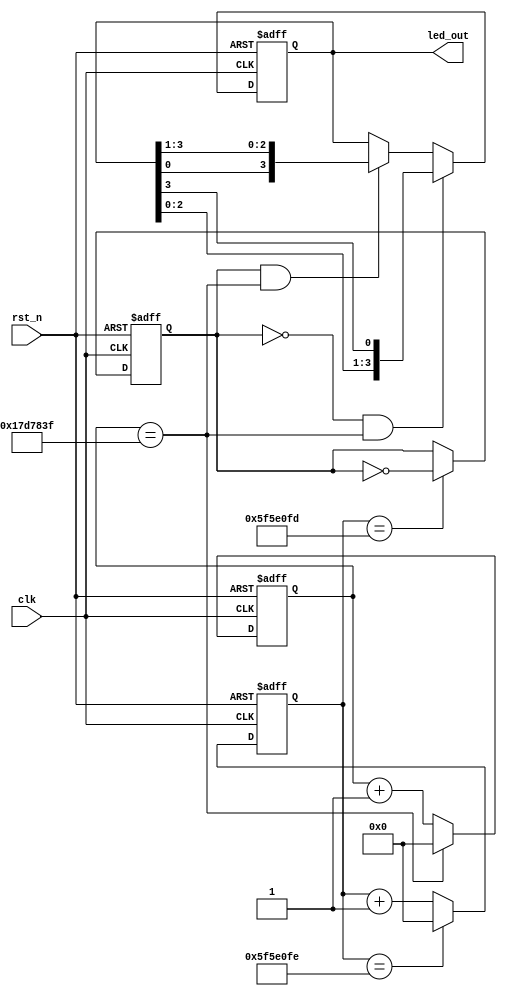
module XH_LED_2 (
    input wire clk,
    input wire rst_n,   
    output reg [3:0] led_out 
);
    reg [31:0] cnt_1;
    reg [31:0] cnt_2;
    reg key_flag; 
parameter M =32'd25_000_000 - 1'd1;
parameter N =32'd99_999_999 - 1'd1;
always@(posedge clk or negedge rst_n)  
begin
       if(!rst_n)
          begin
              cnt_1 <= 32'd0;
          end
        else if(cnt_1 == M)
          begin
               cnt_1 <= 32'd0;
          end
        else
           begin
               cnt_1 <= cnt_1 + 1'd1;
           end
end
always@(posedge clk or negedge rst_n)
begin
       if(!rst_n)
         begin
             cnt_2 <= 32'd0;
         end
        else if(cnt_2 == N)
          begin
               cnt_2 <= 32'd0;
          end
        else
          begin
               cnt_2 <= cnt_2 + 1'd1;              
          end
end
always@(posedge clk or negedge rst_n)
begin
       if(!rst_n)
          begin
              key_flag <= 1'd0;
          end
        else if(cnt_2 == N-1'd1)
           begin
              key_flag <= !key_flag;
           end
        else
          begin
              key_flag <= key_flag;               
          end
end
always@(posedge clk or negedge rst_n)
begin
       if(!rst_n)
          begin
              led_out <= 4'b1110;
          end
        else if(key_flag == 1'd0 && cnt_1 == M )
           begin
                led_out <= {led_out[2:0],led_out[3]};
           end
        else if(key_flag == 1'd1 && cnt_1 == M)
           begin
                led_out <= {led_out[0],led_out[3:1]};             
           end
end
endmodule